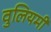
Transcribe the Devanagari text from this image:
वुलियमी